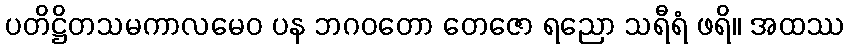
ပတိဋ္ဌိတသမကာလမေဝ ပန ဘဂဝတော တေဇော ရညော သရီရံ ဖရိ။ အထဿ